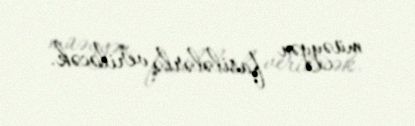
müəyyən fasilələrlə veriləcək.